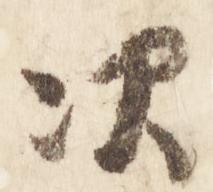
次